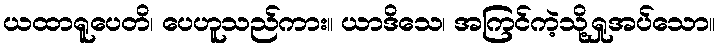
ယထာရူပေတိ၊ ပေဟူသည်ကား။ ယာဒိသေ၊ အကြင်ကဲ့သို့ရှုအပ်သော။